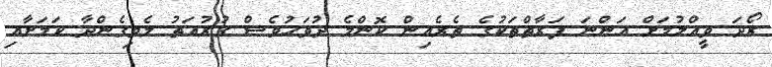
ރޯދަ ވީއްލުމަށް އަންނަ ފަރާތްތަކުގެ ތެރެއިން ކޮންމެ ދުވަހުވެސް ގުރުއަތު ލެވިގެންދާ ކަމަށާއި